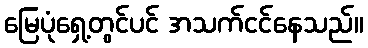
မြေပုံရှေ့တွင်ပင် အသက်ငင်နေသည်။